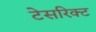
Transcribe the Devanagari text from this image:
टेसरिक्ट